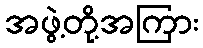
အဖွဲ့တို့အကြား